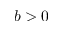
b > 0